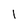
Character: l